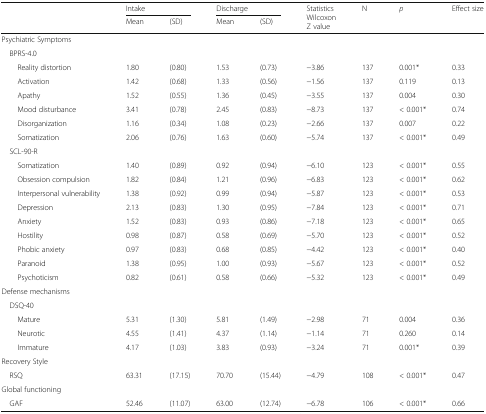
<table><thead><tr><td rowspan="2"></td><td colspan="2"><b>Intake</b></td><td colspan="2"><b>Discharge</b></td><td rowspan="2"><b>StatisticsWilcoxonZ value</b></td><td rowspan="2"><b>N</b></td><td rowspan="2"><b><i>p</i></b></td><td rowspan="2"><b>Effect size</b></td></tr><tr><td><b>Mean</b></td><td><b>(SD)</b></td><td><b>Mean</b></td><td><b>(SD)</b></td></tr></thead><tbody><tr><td colspan="9">Psychiatric Symptoms</td></tr><tr><td colspan="9"> BPRS-4.0</td></tr><tr><td>Reality distortion</td><td>1.80</td><td>(0.80)</td><td>1.53</td><td>(0.73)</td><td>−3.86</td><td>137</td><td>0.001*</td><td>0.33</td></tr><tr><td>Activation</td><td>1.42</td><td>(0.68)</td><td>1.33</td><td>(0.56)</td><td>−1.56</td><td>137</td><td>0.119</td><td>0.13</td></tr><tr><td>Apathy</td><td>1.52</td><td>(0.55)</td><td>1.36</td><td>(0.45)</td><td>−3.55</td><td>137</td><td>0.004</td><td>0.30</td></tr><tr><td>Mood disturbance</td><td>3.41</td><td>(0.78)</td><td>2.45</td><td>(0.83)</td><td>−8.73</td><td>137</td><td>&lt; 0.001*</td><td>0.74</td></tr><tr><td>Disorganization</td><td>1.16</td><td>(0.34)</td><td>1.08</td><td>(0.23)</td><td>−2.66</td><td>137</td><td>0.007</td><td>0.22</td></tr><tr><td>Somatization</td><td>2.06</td><td>(0.76)</td><td>1.63</td><td>(0.60)</td><td>−5.74</td><td>137</td><td>&lt; 0.001*</td><td>0.49</td></tr><tr><td colspan="9"> SCL-90-R</td></tr><tr><td>Somatization</td><td>1.40</td><td>(0.89)</td><td>0.92</td><td>(0.94)</td><td>−6.10</td><td>123</td><td>&lt; 0.001*</td><td>0.55</td></tr><tr><td>Obsession compulsion</td><td>1.82</td><td>(0.84)</td><td>1.21</td><td>(0.96)</td><td>−6.83</td><td>123</td><td>&lt; 0.001*</td><td>0.62</td></tr><tr><td>Interpersonal vulnerability</td><td>1.38</td><td>(0.92)</td><td>0.99</td><td>(0.94)</td><td>−5.87</td><td>123</td><td>&lt; 0.001*</td><td>0.53</td></tr><tr><td>Depression</td><td>2.13</td><td>(0.83)</td><td>1.30</td><td>(0.95)</td><td>−7.84</td><td>123</td><td>&lt; 0.001*</td><td>0.71</td></tr><tr><td>Anxiety</td><td>1.52</td><td>(0.83)</td><td>0.93</td><td>(0.86)</td><td>−7.18</td><td>123</td><td>&lt; 0.001*</td><td>0.65</td></tr><tr><td>Hostility</td><td>0.98</td><td>(0.87)</td><td>0.58</td><td>(0.69)</td><td>−5.70</td><td>123</td><td>&lt; 0.001*</td><td>0.52</td></tr><tr><td>Phobic anxiety</td><td>0.97</td><td>(0.83)</td><td>0.68</td><td>(0.85)</td><td>−4.42</td><td>123</td><td>&lt; 0.001*</td><td>0.40</td></tr><tr><td>Paranoid</td><td>1.38</td><td>(0.95)</td><td>1.00</td><td>(0.93)</td><td>−5.67</td><td>123</td><td>&lt; 0.001*</td><td>0.52</td></tr><tr><td>Psychoticism</td><td>0.82</td><td>(0.61)</td><td>0.58</td><td>(0.66)</td><td>−5.32</td><td>123</td><td>&lt; 0.001*</td><td>0.49</td></tr><tr><td colspan="9">Defense mechanisms</td></tr><tr><td> DSQ-40</td><td></td><td></td><td></td><td></td><td></td><td></td><td></td><td></td></tr><tr><td>Mature</td><td>5.31</td><td>(1.30)</td><td>5.81</td><td>(1.49)</td><td>−2.98</td><td>71</td><td>0.004</td><td>0.36</td></tr><tr><td>Neurotic</td><td>4.55</td><td>(1.41)</td><td>4.37</td><td>(1.14)</td><td>−1.14</td><td>71</td><td>0.260</td><td>0.14</td></tr><tr><td>Immature</td><td>4.17</td><td>(1.03)</td><td>3.83</td><td>(0.93)</td><td>−3.24</td><td>71</td><td>0.001*</td><td>0.39</td></tr><tr><td colspan="9">Recovery Style</td></tr><tr><td> RSQ</td><td>63.31</td><td>(17.15)</td><td>70.70</td><td>(15.44)</td><td>−4.79</td><td>108</td><td>&lt; 0.001*</td><td>0.47</td></tr><tr><td colspan="9">Global functioning</td></tr><tr><td> GAF</td><td>52.46</td><td>(11.07)</td><td>63.00</td><td>(12.74)</td><td>−6.78</td><td>106</td><td>&lt; 0.001*</td><td>0.66</td></tr></tbody></table>